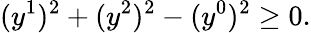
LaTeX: (y^{1})^{2}+(y^{2})^{2}-(y^{0})^{2}\geq 0.